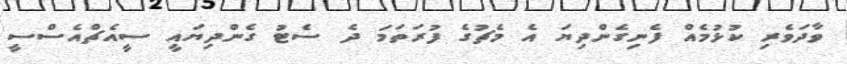
ވާދަވެރި ކުޅުމެއް ފެނިގެންދިޔަ އެ މެޗުގެ ފުރަތަމަ ދެ ސެޓު ގެންދިޔައީ ސީއެޗްއެސްސީ